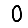
Digit: 0